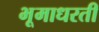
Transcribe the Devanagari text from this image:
भूमाधरती